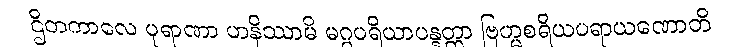
ဌိတကာလေ ပုရာဏာ ဟနိဿာမိ မဂ္ဂပရိယာပန္နတ္တာ ဗြဟ္မစရိယပရာယဏောတိ